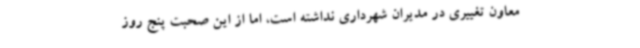
معاون تغییری در مدیران شهرداری نداشته است، اما از این صحبت پنج روز